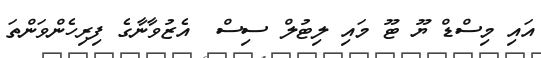
އައި މިސްޑް ޔޫ ޓޫ މައި ލިޓުލް ސިސް  އެޒުވާނާގެ ފިރިހެންވަންތަ